Annual report on the lock hospitals of the Madras Presidency
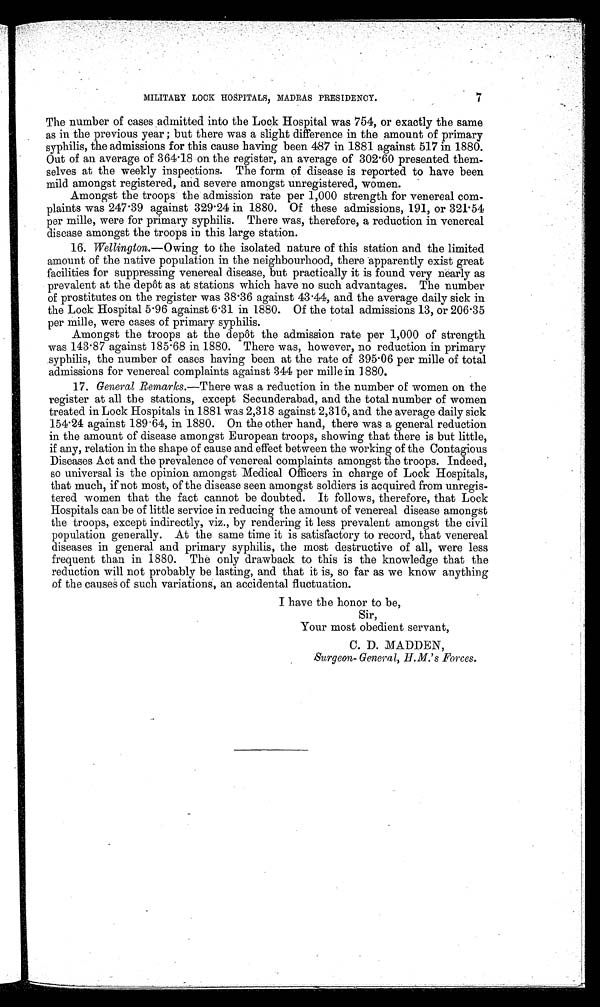
7
MILITARY LOCK HOSPITALS, MADRAS PRESIDENCY.
The number of cases admitted into the Lock Hospital was 754, or exactly the same
as in the previous year ; but there was a slight difference in the amount of primary
syphilis, the admissions for this cause having been 487 in 1881 against. 517 in 1880.
Out of an average of 364.18 on the register, an average of 302.60 presented them-
selves at the weekly inspections. The form of disease is reported to have been
mild amongst registered, and severe amongst unregistered, women.
Amongst the troops the admission rate per 1,000 strength for venereal com-
plaints was 247.39 against 329.24 in 1880. Of these admissions, 191, or 321.54
per mille, were for primary syphilis. There was, therefore, a reduction in venereal
disease amongst the troops in this large station.
16. Wellington.—Owing to the isolated nature of this station and the limited
amount of the native population in the neighbourhood, there - apparently exist great
facilities for suppressing venereal disease, but practically it is found very nearly as
prevalent at the depôt as at stations which have no such advantages. The number
of prostitutes on the register was 38.36 against 43.44, and the average daily sick in
the Lock Hospital 5.96 against 6.31 in 1880. Of the total admissions 13, or 206.35
per mile, were cases of primary syphilis.
Amongst the troops at the depôt the admission rate per 1,000 of strength
was 143.87 against 185.68 in 1880. There was, however, no reduction in primary
syphilis, the number of cases having been at the rate of 395.06 per mile of total
admissions for venereal complaints against 344 per mille in 1880.
17. General Remarks .—There was a reduction in the number of women on the
register at all the stations, except Secunderabad, and the total number of women
treated in Lock Hospitals in 1881 was 2,318 against 2,316, and the average daily sick
154.24 against 189.64, in 1880. On the other hand, there was a general reduction
in the amount of disease amongst European troops, showing that there is but little,
if any, relation in the shape of cause and effect between the working of the Contagious
Diseases Act and the prevalence of venereal complaints amongst the troops. Indeed,
so universal is the opinion amongst Medical Officers in charge of Lock Hospitals,
that much, if not most, of the disease seen amongst soldiers is acquired from unregis-
tered women that the fact cannot be doubted. It follows, therefore, that Lock
Hospitals can be of little service in reducing the amount of venereal disease amongst
the troops, except indirectly, viz., by rendering it less prevalent amongst the civil
population generally. At the same time it is satisfactory to record, that venereal
diseases in general and primary syphilis, the most destructive of all, were less
frequent than in 1880. The only drawback to this is the knowledge that the
reduction will not probably be lasting, and that it is, so far as we know anything
of the causes of such variations, an accidental fluctuation.
•
I have the honor to be,
Sir,
Your most obedient servant,
C. D. MADDEN,
Surgeon- General, H.M.’s Forces.